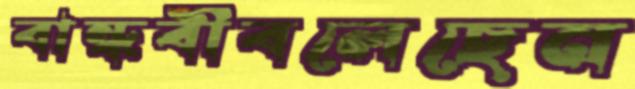
বান্ধবীবলেছেন